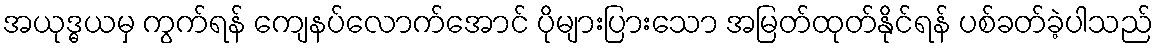
အယုဒ္ဓယမှ ကွက်ရန် ကျေနပ်လောက်အောင် ပိုများပြားသော အမြတ်ထုတ်နိုင်ရန် ပစ်ခတ်ခဲ့ပါသည်